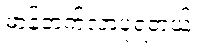
မာန်တက်လာပုံရတယ်။